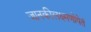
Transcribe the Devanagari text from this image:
जानकीलक्ष्मणोपेतं